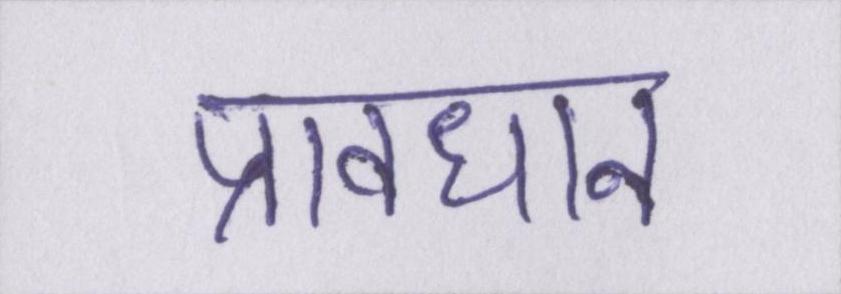
प्रावधान